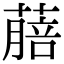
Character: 𦺎